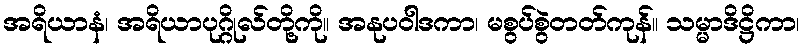
အရိယာနံ၊ အရိယာပုဂ္ဂိုလ်တို့ကို။ အနုပဝါဒကာ၊ မစွပ်စွဲတတ်ကုန်။ သမ္မာဒိဋ္ဌိကာ၊